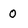
Character: 0